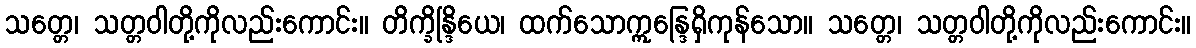
သတ္တေ၊ သတ္တဝါတို့ကိုလည်းကောင်း။ တိက္ခိန္ဒြိယေ၊ ထက်သောဣန္ဒြေရှိကုန်သော။ သတ္တေ၊ သတ္တဝါတို့ကိုလည်းကောင်း။